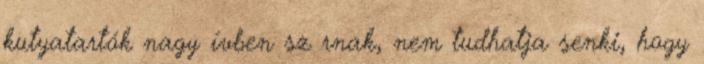
kutyatartók nagy ívben sz rnak, nem tudhatja senki, hogy